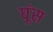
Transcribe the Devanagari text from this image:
घूंस